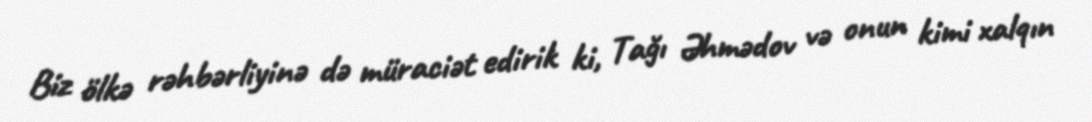
Biz ölkə rəhbərliyinə də müraciət edirik ki, Tağı Əhmədov və onun kimi xalqın